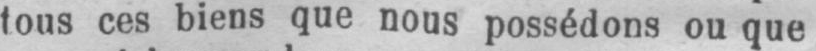
tous ces biens que nous possédons ou que